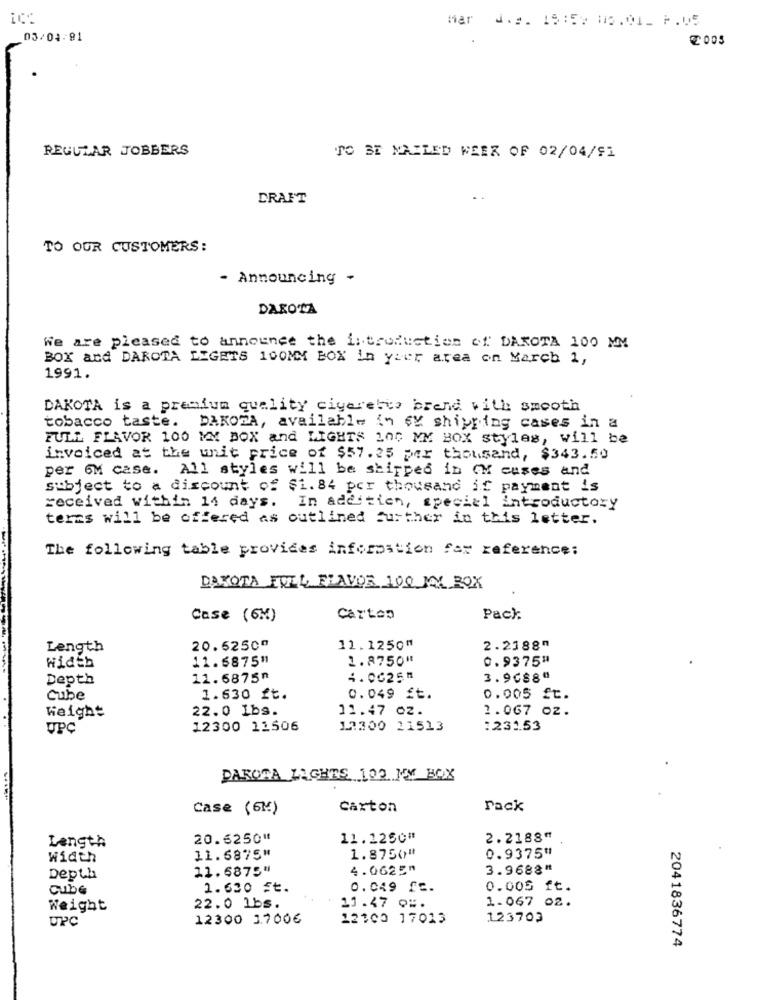
Mar J.s. 15:5: 15.01_ F.05
03/04-81
REGULAR JOBBERS
TO BE MAILED WEEK OF 02/04/91
CRAFT
TO OUR CUSTOMERS:
- Announcing -
DAROTA
We are pleased to announce the introduction of DAROTA 100 MM
BOX and DAROTA LIGETS 100MM BOX in your area on March 1,
1991.
DAKOTA is a premium quality cigarette brend with smooth
tobacco taste. DAKOTA, available in GY shipping cases in a
FULL FLAVOR 100 MM BOX and LIGHTS 100 MM BOX styles, will be
invoiced at the unit price of $57.25 per thousand, $343.50
per 6M case. All styles will be shipped in ON cuses and
subject to a discount of $1.84 per thousand if payment is
received within 14 days.
In addition, special introductory
teras will be offered as outlined further in this letter.
The following table provides information for reference:
DAKOTA FULL FLAVOR 100 MM BOX
Case (6%)
Cartes
Pack
Length
20.5250"
11.1250"
2.2188m
11.6875"1
1.8750*
0.9375"
Width
Depth
11.6875ª
4.06251
3.9088"
Cube
1.630 ft.
0.049 Et.
0.005 ft.
22.0 1bs.
11.47 OZ.
1.067 02.
Weight
UPC
12300 11506
13300 21513
:231.53
DAROSA LIGHTS 102 MM BOX
Case (6%)
Carton
Pack
Length
20.6250"
11.1250#
2.2188"
Width
11.6875"
1.8750"
0.9375#
11.6875"
4.0625m
3.9688"
Depth
cube
1.600 Ft.
0.049 SE.
0.005 ft.
Weight
22.0 1bs.
11.47 0#.
1.067 02.
UPC
12300 1.700€
12100 17013
123703
2041836774